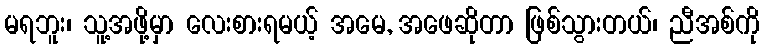
မရဘူး၊ သူ့အဖို့မှာ လေးစားရမယ့် အမေ, အဖေဆိုတာ ဖြစ်သွားတယ်၊ ညီအစ်ကို